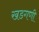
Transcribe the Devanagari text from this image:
खडगणी